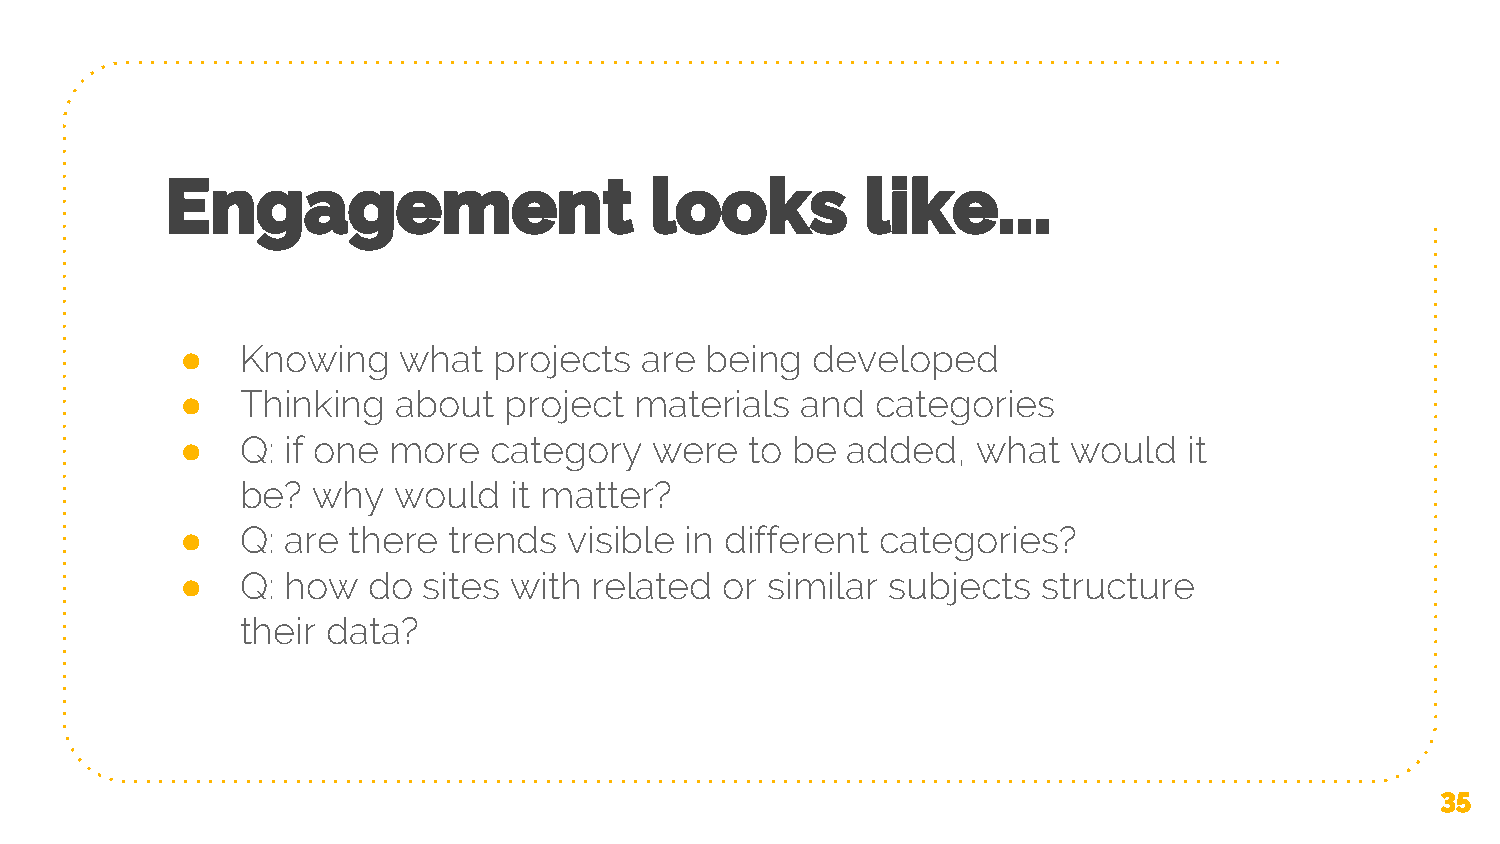
Engagement                      looks         like...
 ●   Knowing   what   projects are  being  developed
 ●   Thinking  about  project  materials  and  categories
 ●   Q: if one more  category   were   to be added,   what  would   it
 be?  why  would   it matter?
 ●   Q: are there  trends  visible in different categories?
 ●   Q: how  do  sites with related  or similar subjects  structure
 their data?
 35